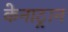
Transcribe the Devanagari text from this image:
केनाट्रान